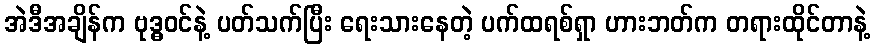
အဲဒီအချိန်က ဗုဒ္ဓဝင်နဲ့ ပတ်သက်ပြီး ရေးသားနေတဲ့ ပက်ထရစ်ရှာ ဟားဘတ်က တရားထိုင်တာနဲ့